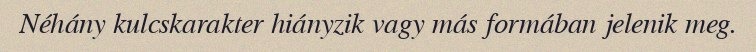
Néhány kulcskarakter hiányzik vagy más formában jelenik meg.